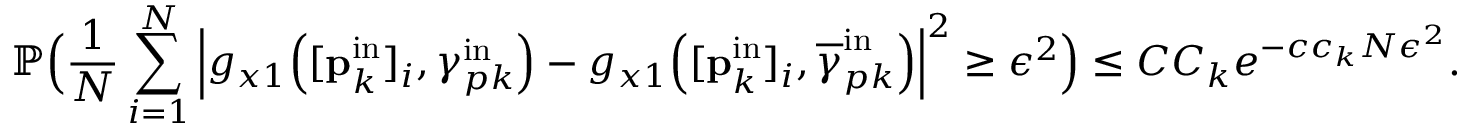
\mathbb { P } \Big ( \frac { 1 } { N } \sum _ { i = 1 } ^ { N } \Big | g _ { x 1 } \Big ( [ \mathbf { p } _ { k } ^ { \mathrm { i n } } ] _ { i } , \gamma _ { p k } ^ { \mathrm { i n } } \Big ) - g _ { x 1 } \Big ( [ \mathbf { p } _ { k } ^ { \mathrm { i n } } ] _ { i } , \overline { { \gamma } } _ { p k } ^ { \mathrm { i n } } \Big ) \Big | ^ { 2 } \geq \epsilon ^ { 2 } \Big ) \leq C C _ { k } e ^ { - c c _ { k } N \epsilon ^ { 2 } } .